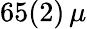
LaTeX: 65(2)\, \mu